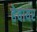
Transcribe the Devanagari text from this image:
हेवायर